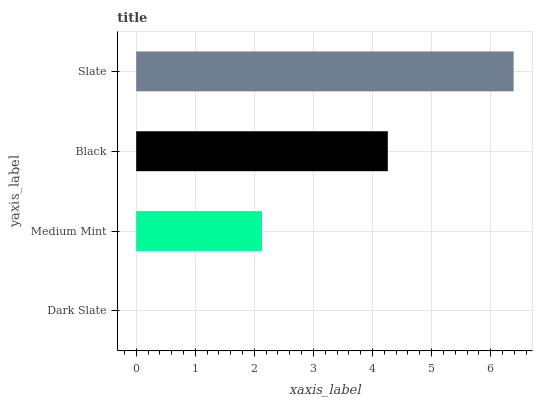
| yaxis_label | bars |
 | --- | --- |
 | Dark Slate | 0 |
 | Medium Mint | 2.13 |
 | Black | 4.26 |
 | Slate | 6.39 |